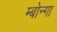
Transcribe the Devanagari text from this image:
म्बोन्गा